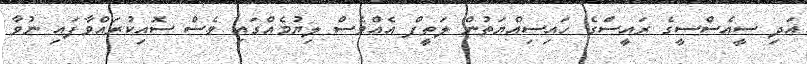
އަދި ސީއެސްސީގެ ރައީސްގެ ހައިސިއްޔަތުން ލަތީފް އެއްވެސް ލިޔުމެއްގައި ވެސް ސޮއިކުރައްވާފައި ނުވާ